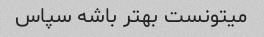
میتونست بهتر باشه سپاس